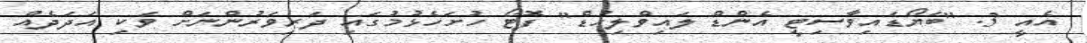
އެއީ 3. "ބަޔޯޑައިވާސިޓީ އެންޑް ލައިވްލިހުޑް" ފޮޓޯ ހުށަހެޅުމުގައި ދަރިވަރުންނަށް ވަކި އަދަދެއް